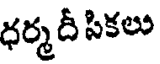
ధర్మదీ సికలు